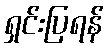
ရှင်းပြရန်